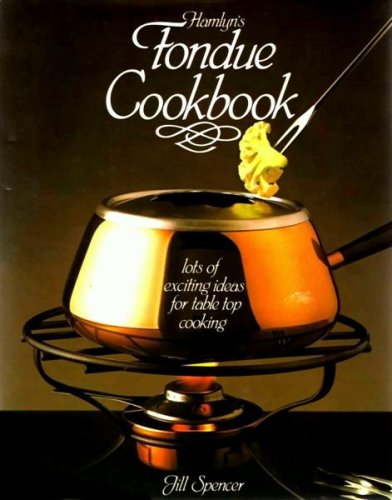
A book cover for Fondue Cook Book; Jill Spencer; Cookbooks, Food & Wine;